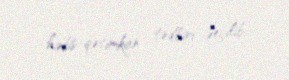
həbs-qətimkan tədbiri seçilib.